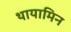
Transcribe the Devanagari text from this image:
थायामिन